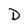
Character: D